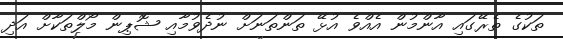
ތަކުގެ ތެރޭގައި އާންމުން އެއްވެ އުޅޭ ތަންތަނަށް ނުދެވުމާއި ޝޮޕިން މޯލްތަކާށް އަދި